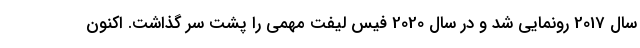
سال 2017 رونمایی شد و در سال 2020 فیس لیفت مهمی را پشت سر گذاشت. اکنون